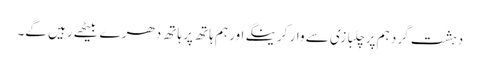
دہشت گرد ہم پر چلبازی سے وار کرینگے اور ہم ہاتھ پر ہاتھ دھر ے بیٹھے رہیں گے۔